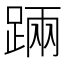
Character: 䠃